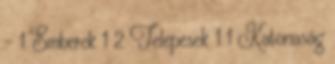
- 1 Emberek 1 2 Telepesek 1 1 Katonaság